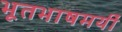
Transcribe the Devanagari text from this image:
भूतभाषमयीं